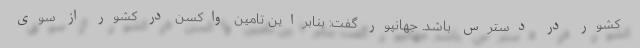
کشور در دسترس باشد. جهانپور گفت: بنابراین تامین واکسن در کشور از سوی